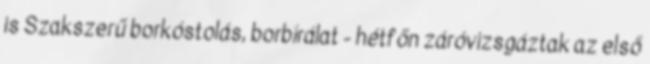
is Szakszerű borkóstolás, borbírálat - hétfőn záróvizsgáztak az első